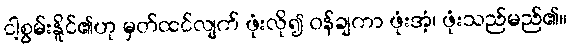
ငါ့စွမ်းနိူင်၏ဟု မှတ်ထင်လျက် ဖုံးလို၍ ဝန်ချကာ ဖုံးအံ့၊ ဖုံးသည်မည်၏။